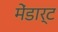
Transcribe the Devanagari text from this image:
मेंडार्ट